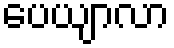
ပေယျာလာ